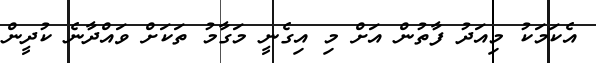
އެކަމަކު މިއަދު ފާތުން އަށް މި އިގެނީ މަގާމު ތަކަށް ވައްދާނެ ކުދީން